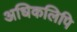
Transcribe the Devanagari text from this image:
अधिकलिपि